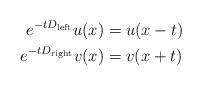
LaTeX: \begin{align*}\begin{aligned}e^{-tD_{{\rm left}}}u(x)&=u(x-t)\\e^{-tD_{{\rm right}}}v(x)&=v(x+t)\end{aligned}\end{align*}